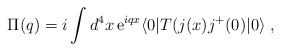
\begin{align*}\Pi (q)= i \int d^{4}x \,{\rm e}^{iqx} \langle 0|T(j(x)j^{+}(0)|0 \rangle \; ,\end{align*}